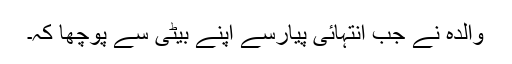
والدہ نے جب انتہائی پیارسے اپنے بیٹی سے پوچھا کہ۔